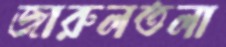
জারুলতলা